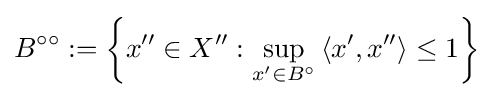
B^{\circ \circ }:=\left\{x^{\prime \prime }\in X^{\prime \prime }:\sup _{x^{\prime }\in B^{\circ }}\left\langle x^{\prime },x^{\prime \prime }\right\rangle \leq 1\right\}